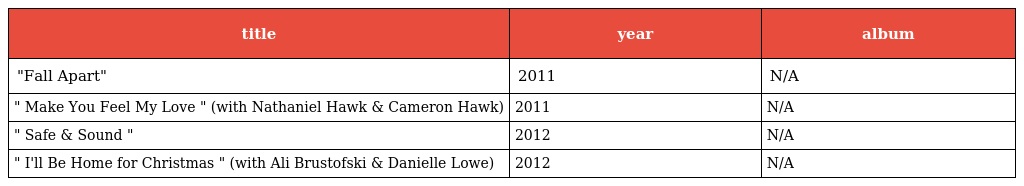
| title | year | album |
 | --- | --- | --- |
 | "Fall Apart" | 2011 | N/A |
 | " Make You Feel My Love " (with Nathaniel Hawk & Cameron Hawk) | 2011 | N/A |
 | " Safe & Sound " | 2012 | N/A |
 | " I'll Be Home for Christmas " (with Ali Brustofski & Danielle Lowe) | 2012 | N/A |